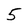
Character: 5